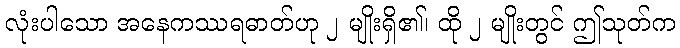
လုံးပါသော အနေကဿရဓာတ်ဟု ၂ မျိုးရှိ၏၊ ထို ၂ မျိုးတွင် ဤသုတ်က